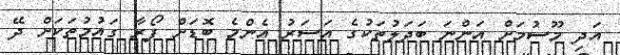
އަދި މޫސުމަށް އަންނަ ބަދަލުތަކުގެ އަސަރު އެންމެ ބޮޑަށް ފޯރާ ގައުމުތަކަށް ދޭ